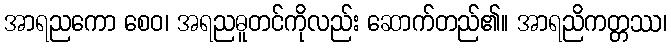
အာရညကော စေဝ၊ အရညဓူတင်ကိုလည်း ဆောက်တည်၏။ အာရညိကတ္တဿ၊